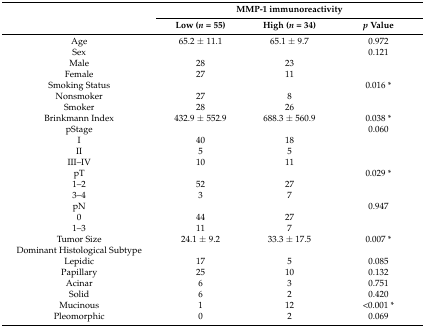
<table><thead><tr><td></td><td colspan="3"><b>MMP-1 immunoreactivity</b></td></tr><tr><td></td><td><b>Low (<i>n</i> = 55)</b></td><td><b>High (<i>n</i> = 34)</b></td><td><b><i>p</i> Value</b></td></tr></thead><tbody><tr><td>Age</td><td>65.2 ± 11.1</td><td>65.1 ± 9.7</td><td>0.972</td></tr><tr><td>Sex</td><td></td><td></td><td>0.121</td></tr><tr><td>Male</td><td>28</td><td>23</td><td></td></tr><tr><td>Female</td><td>27</td><td>11</td><td></td></tr><tr><td>Smoking Status</td><td></td><td></td><td>0.016 *</td></tr><tr><td>Nonsmoker</td><td>27</td><td>8</td><td></td></tr><tr><td>Smoker</td><td>28</td><td>26</td><td></td></tr><tr><td>Brinkmann Index</td><td>432.9 ± 552.9</td><td>688.3 ± 560.9</td><td>0.038 *</td></tr><tr><td>pStage</td><td></td><td></td><td>0.060</td></tr><tr><td>I</td><td>40</td><td>18</td><td></td></tr><tr><td>II</td><td>5</td><td>5</td><td></td></tr><tr><td>III–IV</td><td>10</td><td>11</td><td></td></tr><tr><td>pT</td><td></td><td></td><td>0.029 *</td></tr><tr><td>1–2</td><td>52</td><td>27</td><td></td></tr><tr><td>3–4</td><td>3</td><td>7</td><td></td></tr><tr><td>pN</td><td></td><td></td><td>0.947</td></tr><tr><td>0</td><td>44</td><td>27</td><td></td></tr><tr><td>1–3</td><td>11</td><td>7</td><td></td></tr><tr><td>Tumor Size</td><td>24.1 ± 9.2</td><td>33.3 ± 17.5</td><td>0.007 *</td></tr><tr><td>Dominant Histological Subtype</td><td></td><td></td><td></td></tr><tr><td>Lepidic</td><td>17</td><td>5</td><td>0.085</td></tr><tr><td>Papillary</td><td>25</td><td>10</td><td>0.132</td></tr><tr><td>Acinar</td><td>6</td><td>3</td><td>0.751</td></tr><tr><td>Solid</td><td>6</td><td>2</td><td>0.420</td></tr><tr><td>Mucinous</td><td>1</td><td>12</td><td>&lt;0.001 *</td></tr><tr><td>Pleomorphic</td><td>0</td><td>2</td><td>0.069</td></tr></tbody></table>